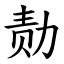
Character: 𪟝